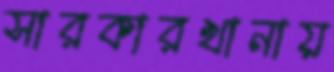
সারকারখানায়